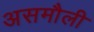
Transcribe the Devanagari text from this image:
असमौली